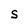
Character: S